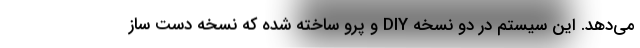
می‌دهد. این سیستم در دو نسخه DIY و پرو ساخته شده که نسخه دست ساز